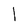
Character: l